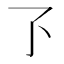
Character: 𬼷